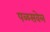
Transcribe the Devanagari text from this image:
पळसवेल